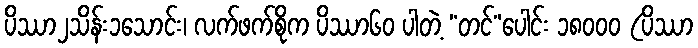
ပိဿာ၂သိန်း၁သောင်း၊ လက်ဖက်စိုက ပိဿာ၆၀ ပါတဲ့ “တင်”ပေါင်း ၁၈၀၀၀ (ပိဿာ